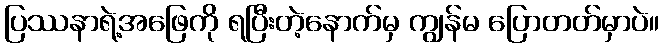
ပြဿနာရဲ့အဖြေကို ရပြီးတဲ့နောက်မှ ကျွန်မ ပြောတတ်မှာပဲ။